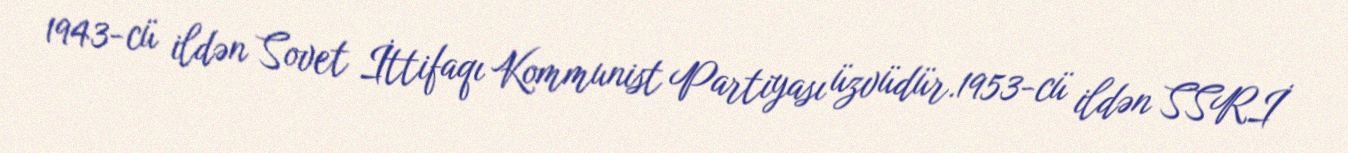
1943-cü ildən Sovet İttifaqı Kommunist Partiyası üzvüdür.1953-cü ildən SSRİ